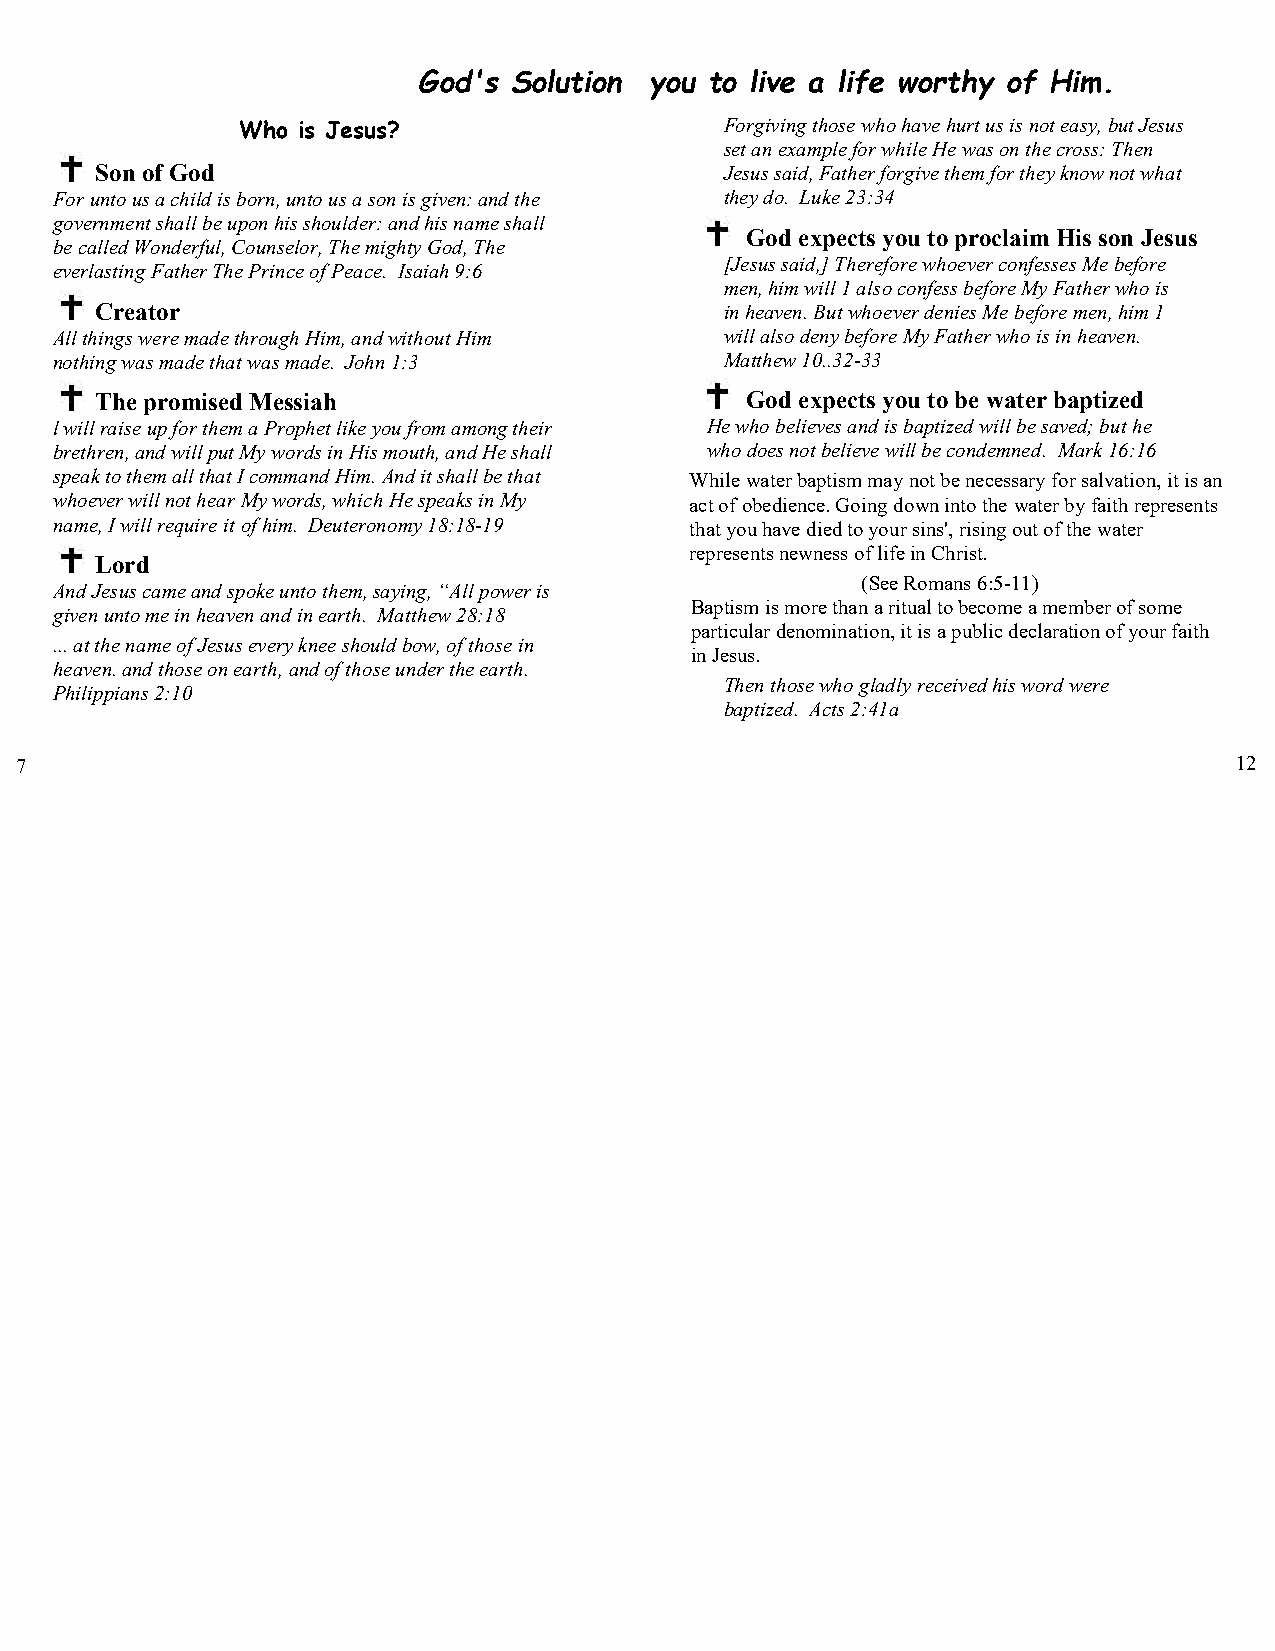
God's Solution you to live a life worthy of Him.
 Who is Jesus?                   Forgiving those who have hurt us is not easy, but Jesus
 set an example for while He was on the cross: Then
 Son of God                                Jesus said, Father forgive them for they know not what
 For unto us a child is born, unto us a son is given: and the they do. Luke 23:34
 government shall be upon his shoulder: and his name shall
 God expects you to proclaim His son Jesus
 be called Wonderful, Counselor, The mighty God, The
 [Jesus said,] Therefore whoever confesses Me before
 everlasting Father The Prince of Peace. Isaiah 9:6
 men, him will 1 also confess before My Father who is
 Creator                                   in heaven. But whoever denies Me before men, him 1
 All things were made through Him, and without Him will also deny before My Father who is in heaven.
 nothing was made that was made. John 1:3    Matthew 10..32-33
 The promised Messiah                       God expects you to be water baptized
 l will raise up for them a Prophet like you from among their He who believes and is baptized will be saved; but he
 brethren, and will put My words in His mouth, and He shall who does not believe will be condemned. Mark 16:16
 speak to them all that I command Him. And it shall be that While water baptism may not be necessary for salvation, it is an
 whoever will not hear My words, which He speaks in My act of obedience. Going down into the water by faith represents
 name, I will require it of him. Deuteronomy 18:18-19 that you have died to your sins', rising out of the water
 represents newness of life in Christ.
 Lord
 (See Romans 6:5-11)
 And Jesus came and spoke unto them, saying, “All power is
 Baptism is more than a ritual to become a member of some
 given unto me in heaven and in earth. Matthew 28:18
 particular denomination, it is a public declaration of your faith
 ... at the name of Jesus every knee should bow, of those in
 in Jesus.
 heaven. and those on earth, and of those under the earth.
 Then those who gladly received his word were
 Philippians 2:10
 baptized. Acts 2:41a
 7                                                                                12